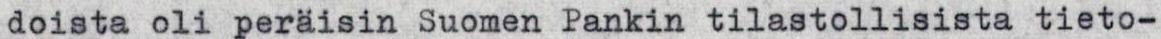
doista oli peräisin Suomen Pankin tilastollisista tieto-